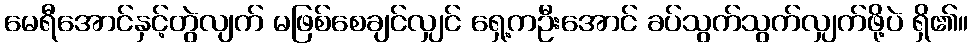
မေရီအောင်နှင့်တွဲလျက် မဖြစ်စေချင်လျှင် ရှေ့ကဦးအောင် ခပ်သွက်သွက်လျှက်ဖို့ပဲ ရှိ၏။